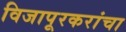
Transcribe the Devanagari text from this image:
विजापूरकरांचा